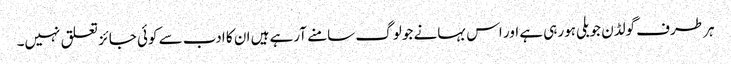
ہر طرف گولڈن جوبلی ہورہی ہے اور اس بہانے جو لوگ سامنے آرہے ہیں ان کا ادب سے کوئی جائز تعلق نہیں۔